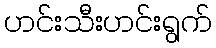
ဟင်းသီးဟင်းရွက်